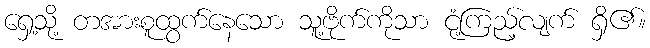
ရှေ့သို့ တအားစူထွက်နေသော သူ့ဗိုက်ကိုသာ ငုံ့ကြည့်လျက် ရှိ၏။